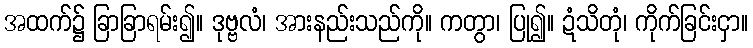
အထက်၌ ခြာခြာရမ်း၍။ ဒုဗ္ဗလံ၊ အားနည်းသည်ကို။ ကတွာ၊ ပြု၍။ ဍံသိတုံ၊ ကိုက်ခြင်းငှာ။